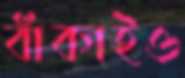
বাঁকাইও